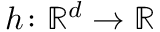
h \colon \ensuremath { \mathbb { R } } ^ { d } \to \ensuremath { \mathbb { R } }